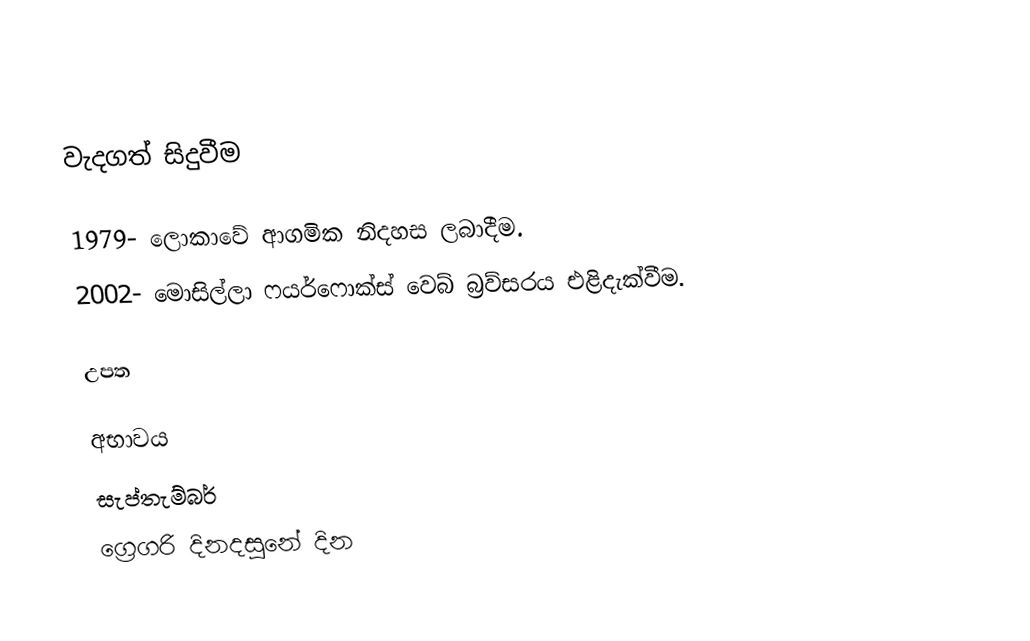

වැදගත් සිදුවීම

1979- ලොකාවේ ආගමික නිදහස ලබාදීම.
2002- මොසිල්ලා ෆයර්ෆොක්ස් වෙබ් බ්‍රව්සරය එළිදැක්වීම.

උපත

අභාවය
සැප්තැම්බර්
ග්‍රෙගරි දිනදසුනේ දින